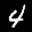
Label: 4